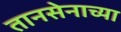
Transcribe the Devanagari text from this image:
तानसेनाच्या